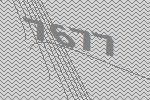
7677